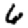
Digit: 6